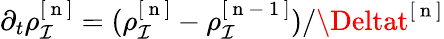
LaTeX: \partial_{t}\rho_{\mathcal{I}}^{[\mathrm{{~n~}}]}=(\rho_{\mathcal{I}}^{[\mathrm{{~n~}}]}-\rho_{\mathcal{I}}^{[\mathrm{{~n~-~1~}}]})/\Deltat^{[\mathrm{{~n~}}]}